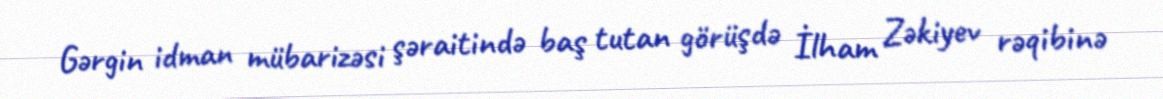
Gərgin idman mübarizəsi şəraitində baş tutan görüşdə İlham Zəkiyev rəqibinə